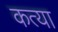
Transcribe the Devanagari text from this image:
कत्या